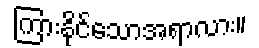
ကြားနိုင်သောအရာလား။